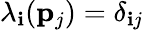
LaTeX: \lambda_{\mathbf{i}}({\mathbf{p}}_{j})=\delta_{\mathbf{i}j}